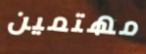
مهتمين